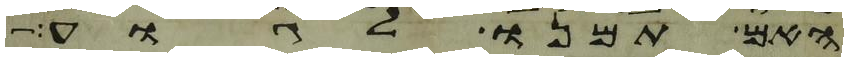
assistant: האם תמנו לגוע